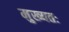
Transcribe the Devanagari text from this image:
मुख्यतः